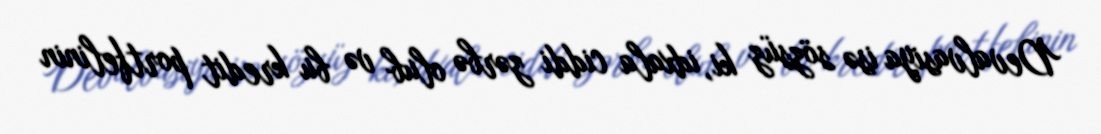
Devalvasiya isə sözsüz ki, idxala ciddi zərbə olub və bu kredit portfelinin